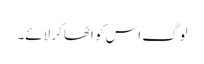
لوگ اس کو اٹھا کر لائے۔